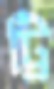
ট্রি